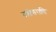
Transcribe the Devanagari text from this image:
दशोत्तराणि